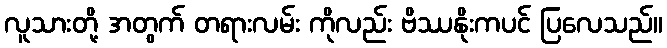
လူသားတို့ အတွက် တရားလမ်း ကိုလည်း ဗိဿနိုးကပင် ပြလေသည်။